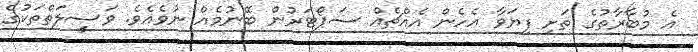
އެ މުބާރާތުގެ ތަށި ފިޔަވާ އެހެން އެއްޗެއް ސަޕޯޓަރުން ބޭނުމެއް ނުވެއެވެ. ވަސީލަތްތަކުގެ